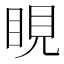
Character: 睍